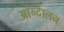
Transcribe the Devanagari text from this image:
आंन्देालन